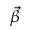
\vec { \beta }